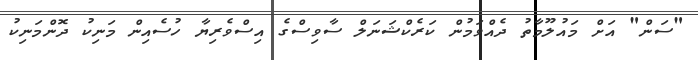
"ސަން" އަށް މައުލޫމާތު ދެއްވަމުން ކަރެކްޝަނަލް ސާވިސްގެ އިސްވެރިޔާ ހުސެއިން މަނިކު ދޮންމަނިކު